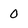
Character: 0